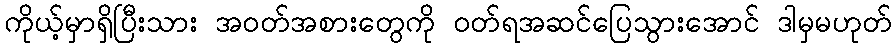
ကိုယ့်မှာရှိပြီးသား အဝတ်အစားတွေကို ဝတ်ရအဆင်ပြေသွားအောင် ဒါမှမဟုတ်